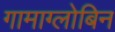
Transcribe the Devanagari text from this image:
गामाग्लोबिन